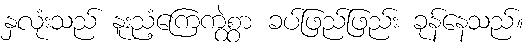
နှလုံးသည် နူးညံ့ကြေကွဲစွာ ခပ်ဖြည်ဖြည်း ခုန်နေသည်။